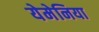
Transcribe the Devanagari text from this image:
येमेनिया